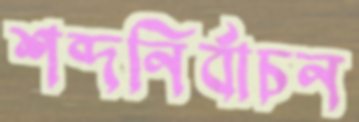
শব্দনির্বাচন